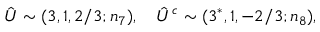
\hat { U } \sim ( 3 , 1 , 2 / 3 ; n _ { 7 } ) , ~ ~ ~ \hat { U } ^ { c } \sim ( 3 ^ { * } , 1 , - 2 / 3 ; n _ { 8 } ) ,